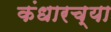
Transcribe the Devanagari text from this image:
कंधारच्या